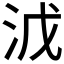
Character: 𣳡